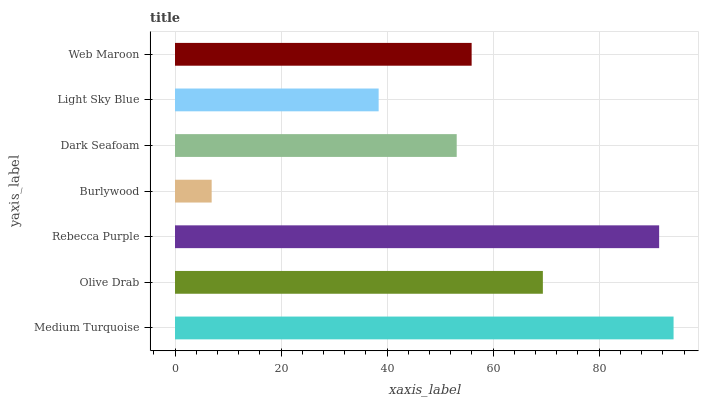
| yaxis_label | bars |
 | --- | --- |
 | Medium Turquoise | 94 |
 | Olive Drab | 69.4 |
 | Rebecca Purple | 91.3 |
 | Burlywood | 6.92 |
 | Dark Seafoam | 53.1 |
 | Light Sky Blue | 38.4 |
 | Web Maroon | 55.9 |